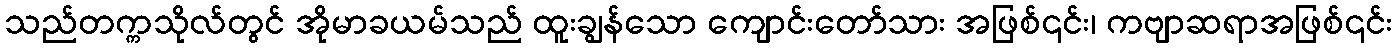
သည်တက္ကသိုလ်တွင် အိုမာခယမ်သည် ထူးချွန်သော ကျောင်းတော်သား အဖြစ်၎င်း၊ ကဗျာဆရာအဖြစ်၎င်း